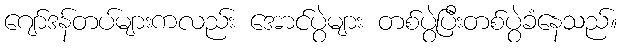
ဂျော်ဒန်တပ်များကလည်း အောင်ပွဲများ တစ်ပွဲပြီးတစ်ပွဲခံနေသည်။